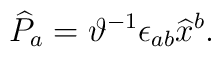
\widehat{P}_{a}=\vartheta ^{-1}\epsilon _{ab}\widehat{x}^{b}.